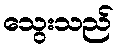
သွေးသည်